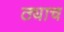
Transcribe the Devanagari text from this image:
ठ्याच